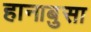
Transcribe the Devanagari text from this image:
हानाबुसा